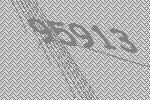
95913